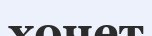
хочет